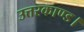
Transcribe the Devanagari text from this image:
उत्तरकाण्ड।